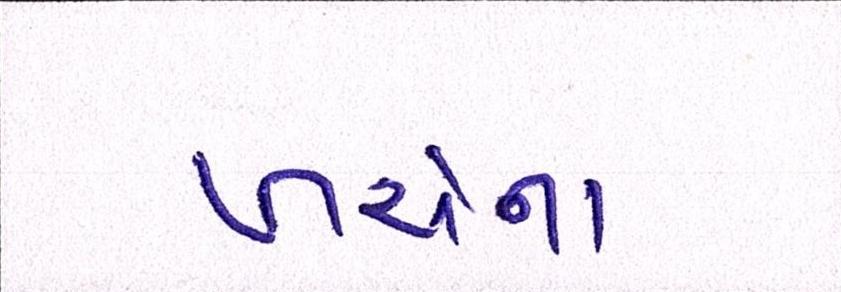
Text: ખર્ચના